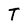
Character: T